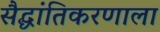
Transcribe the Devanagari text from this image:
सैद्धांतिकरणाला